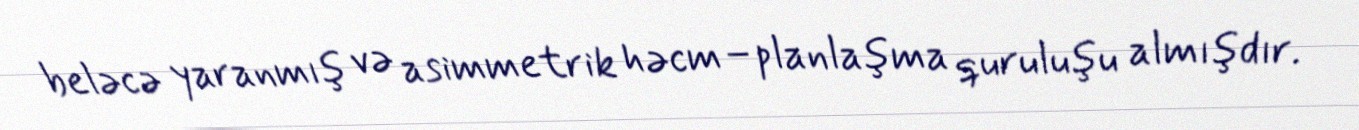
beləcə yaranmış və asimmetrik həcm–planlaşma quruluşu almışdır.